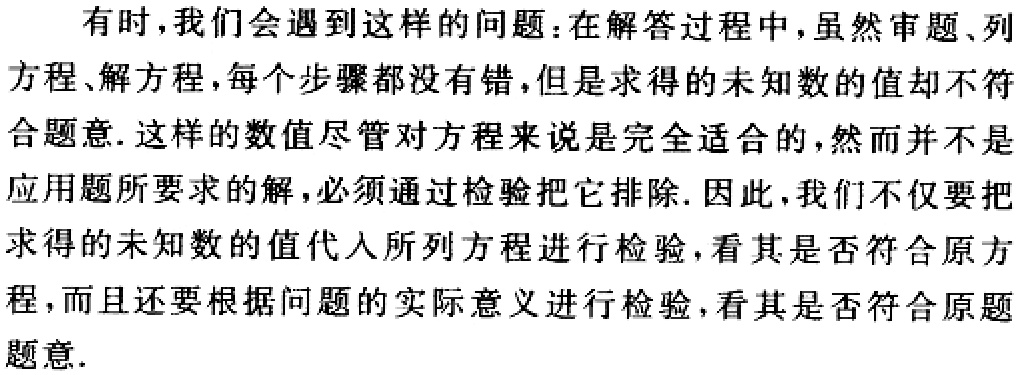
有时，我们会遇到这样的问题：在解答过程中，虽然审题、列方程、解方程，每个步骤都没有错，但是求得的未知数的值却不符合题意. 这样的数值尽管对方程来说是完全适合的，然而并不是应用题所要求的解，必须通过检验把它排除. 因此，我们不仅要把求得的未知数的值代入所列方程进行检验，看其是否符合原方程，而且还要根据问题的实际意义进行检验，看其是否符合原题题意.